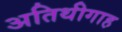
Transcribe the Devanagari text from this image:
अतिथीगाह